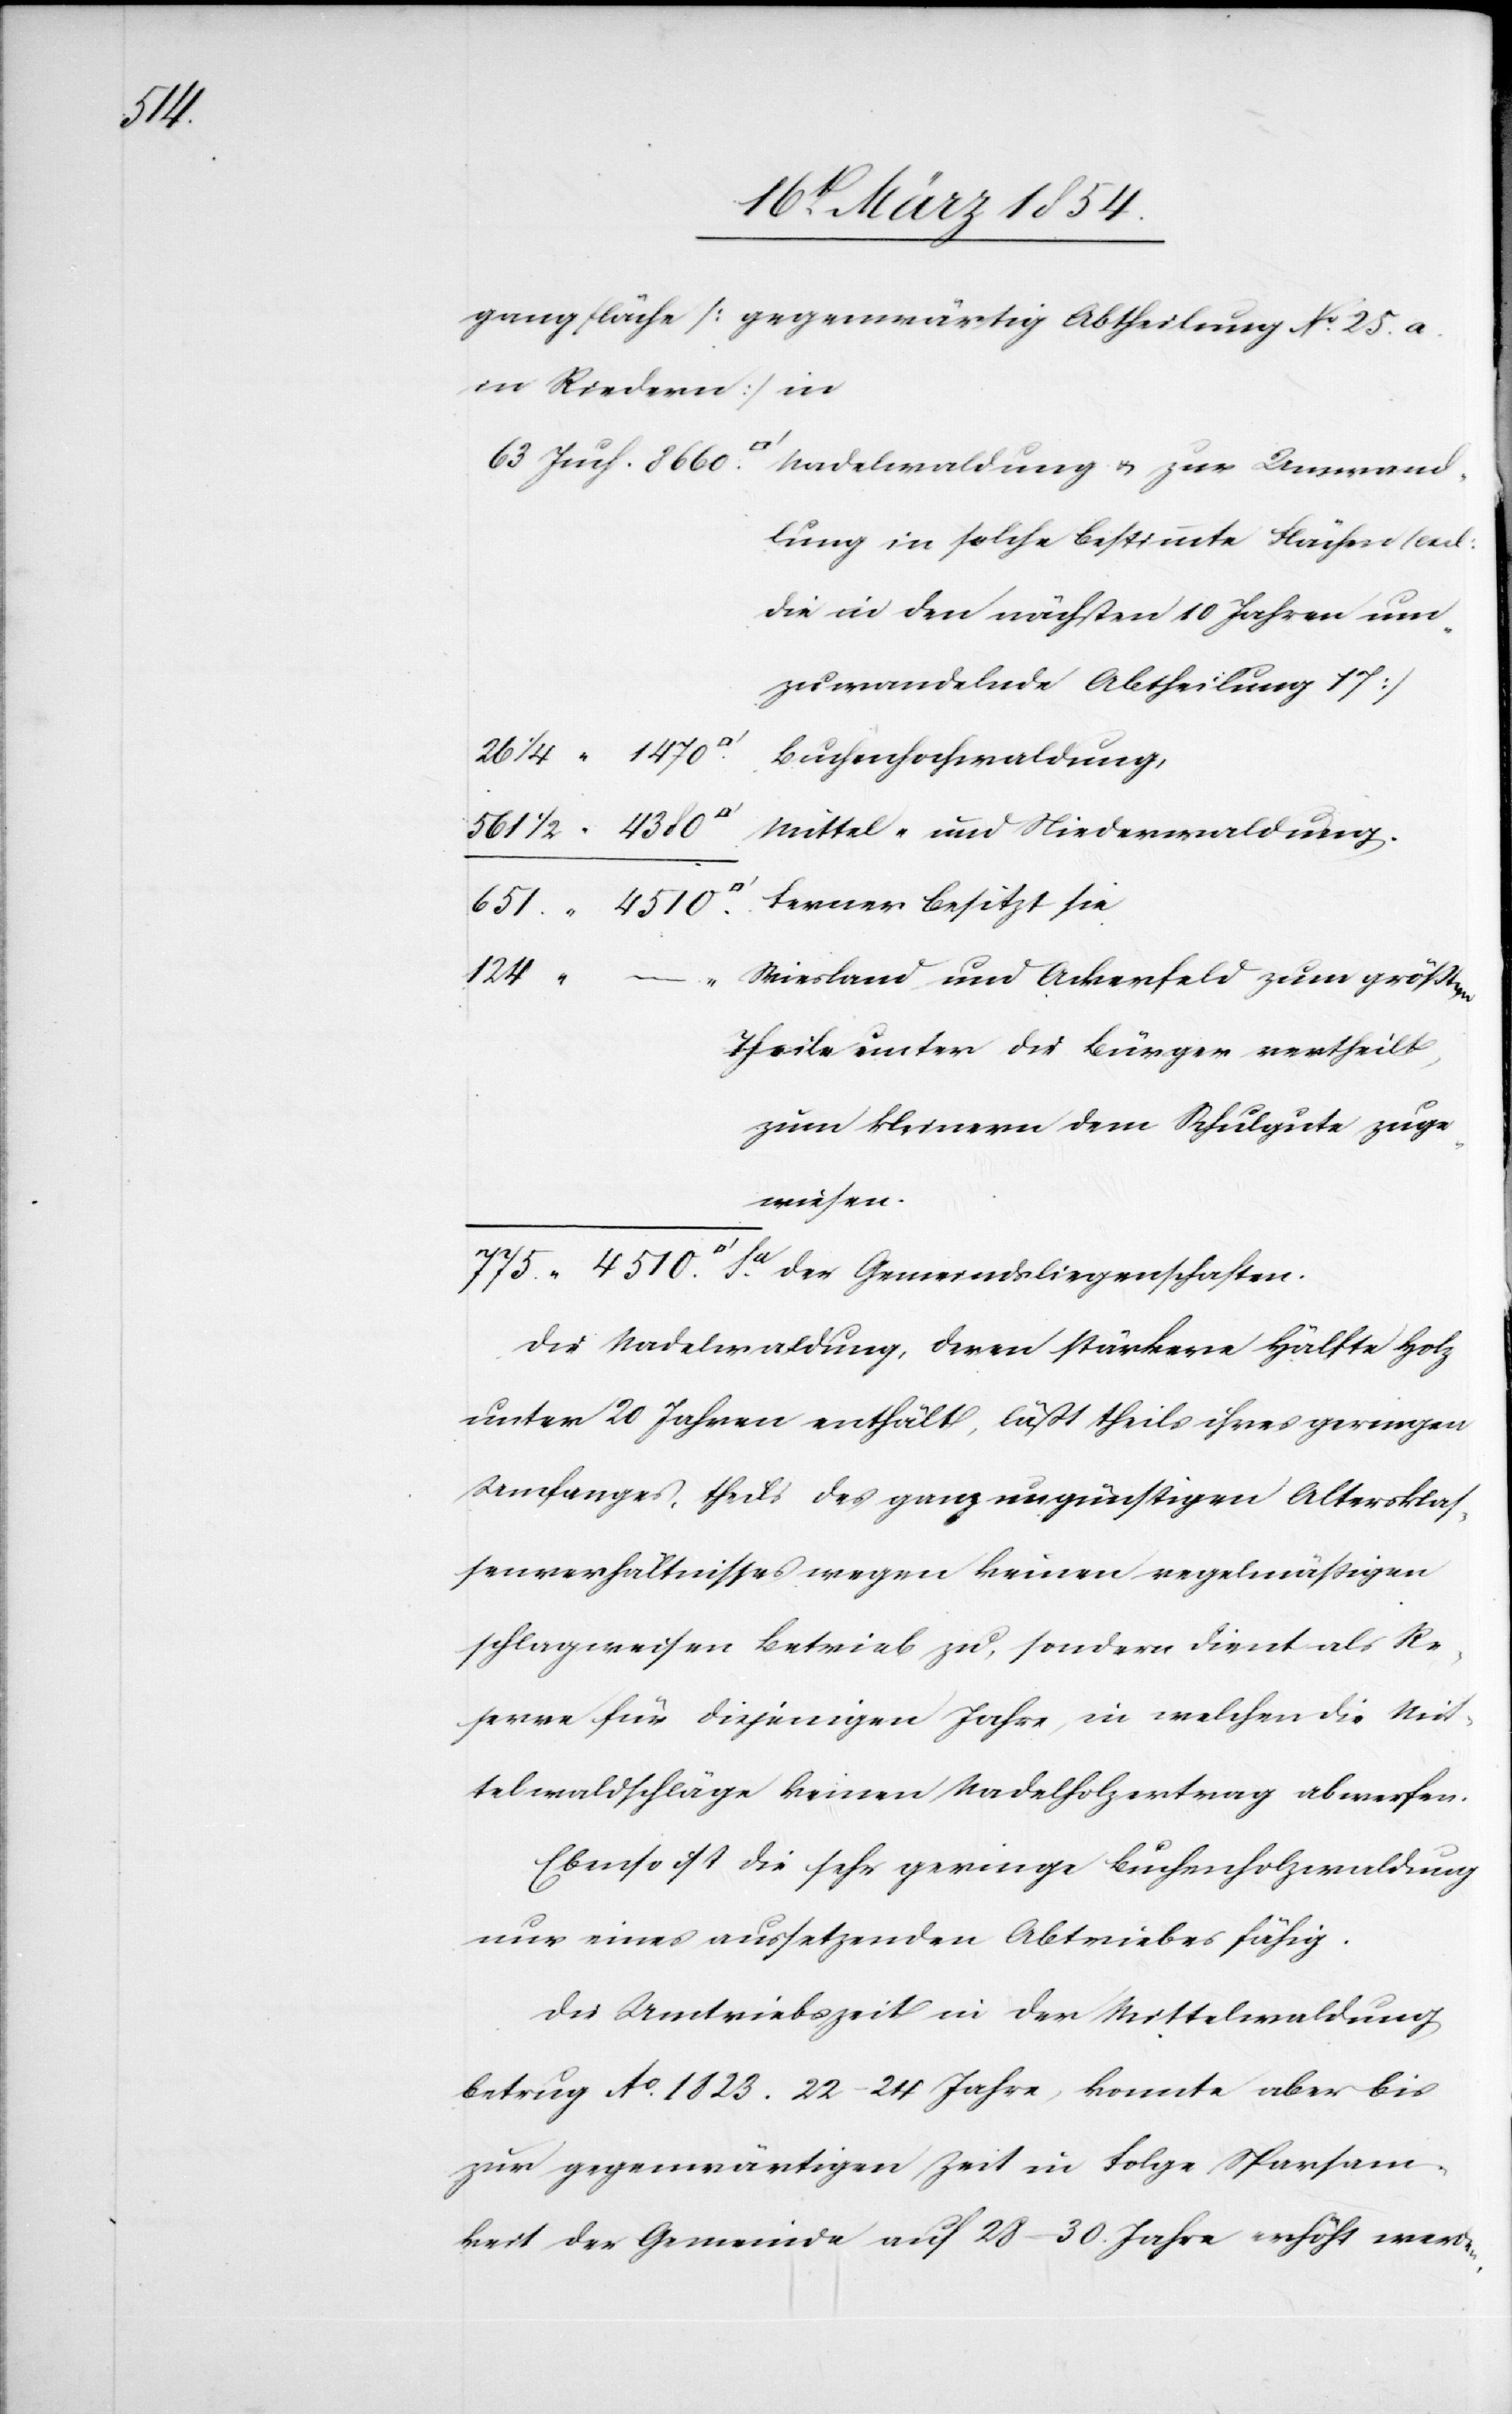
4510

gangfläche (gegenwärtig Abtheilung No 25. a.
in Riedern) in
26
dlung in solche bestimmte Flächen (ad:
die in den nächsten 10 Jahren um¬
zuwandelnde Abtheilung 17)
Buchenhochwaldung,
Mittel- und Niederwaldung.
124
Wiesland und Ackerfeld zum größten
Theile unter die Bürger vertheilt,
zum kleinern dem Schulgute zuge¬
wiesen.
den.
Die Nadelwaldung, deren stärkere Hälfte Holz
unter 20 Jahren enthält, läßt theils ihres geringen
Umfanges, theils des ganz ungünstigen Altersklas¬
senverhältnisses wegen keinen regelmäßigen
schlagweisen Betrieb zu, sondern dient als Re¬
serve für diejenigen Jahre, in welchen die Mit¬
telwaldschläge keinen Nadelholzertrag abwerfen.
Ebenso ist die sehr geringe Buchenholzwaldung
nur eines aussetzenden Abtriebes fähig.
Die Umtriebszeit in der Mittelwaldung
betrug Ao 1823. 22–24 Jahre, konnte aber bis
zur gegenwärtigen Zeit in Folge Sparsam¬
keit der Gemeinde auf 38–30. Jahre erhöht wer¬